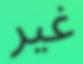
غير